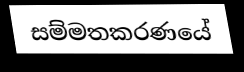
සම්මතකරණයේ